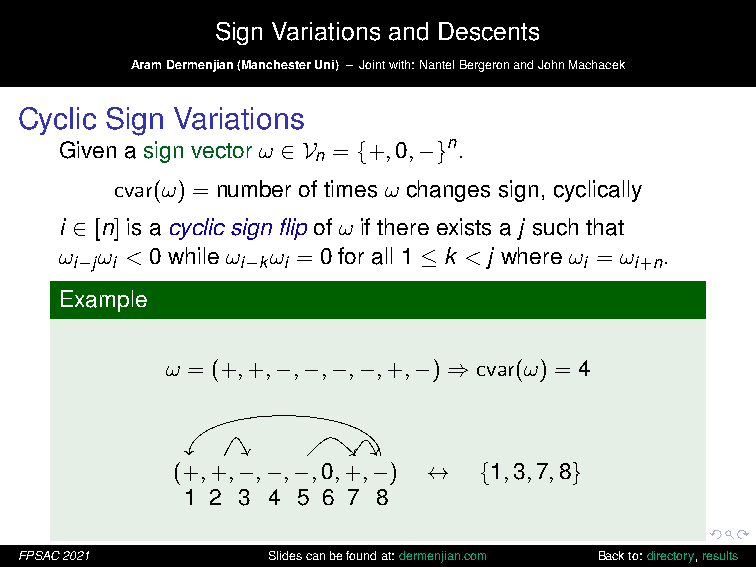
Sign Variations and Descents
 AramDermenjian(ManchesterUni) – Jointwith:NantelBergeronandJohnMachacek
 Cyclic Sign Variations
 Given a sign vector ω ∈ V = {+,0,−}n.
 n
 cvar(ω) = number of times ω changes sign, cyclically
 i ∈ [n] is a cyclic sign flip of ω if there exists a j such that
 ω ω < 0 while ω ω = 0 for all 1 ≤ k < j where ω = ω .
 i−j i      i−k i                  i  i+n
 Example
 ω = (+,+,−,−,−,−,+,−) ⇒ cvar(ω) = 4
 (+,+,−,−,−,0,+,−) ↔  {1,3,7,8}
 1 2 3 4 5 6 7 8
 FPSAC2021        Slidescanbefoundat:dermenjian.com Backto:directory,results